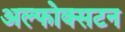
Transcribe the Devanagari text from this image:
अल्फोक्सटन